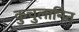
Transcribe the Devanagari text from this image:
कुचुलानिन